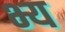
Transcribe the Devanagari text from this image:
भ्य